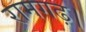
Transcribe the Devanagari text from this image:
रामगढ़।